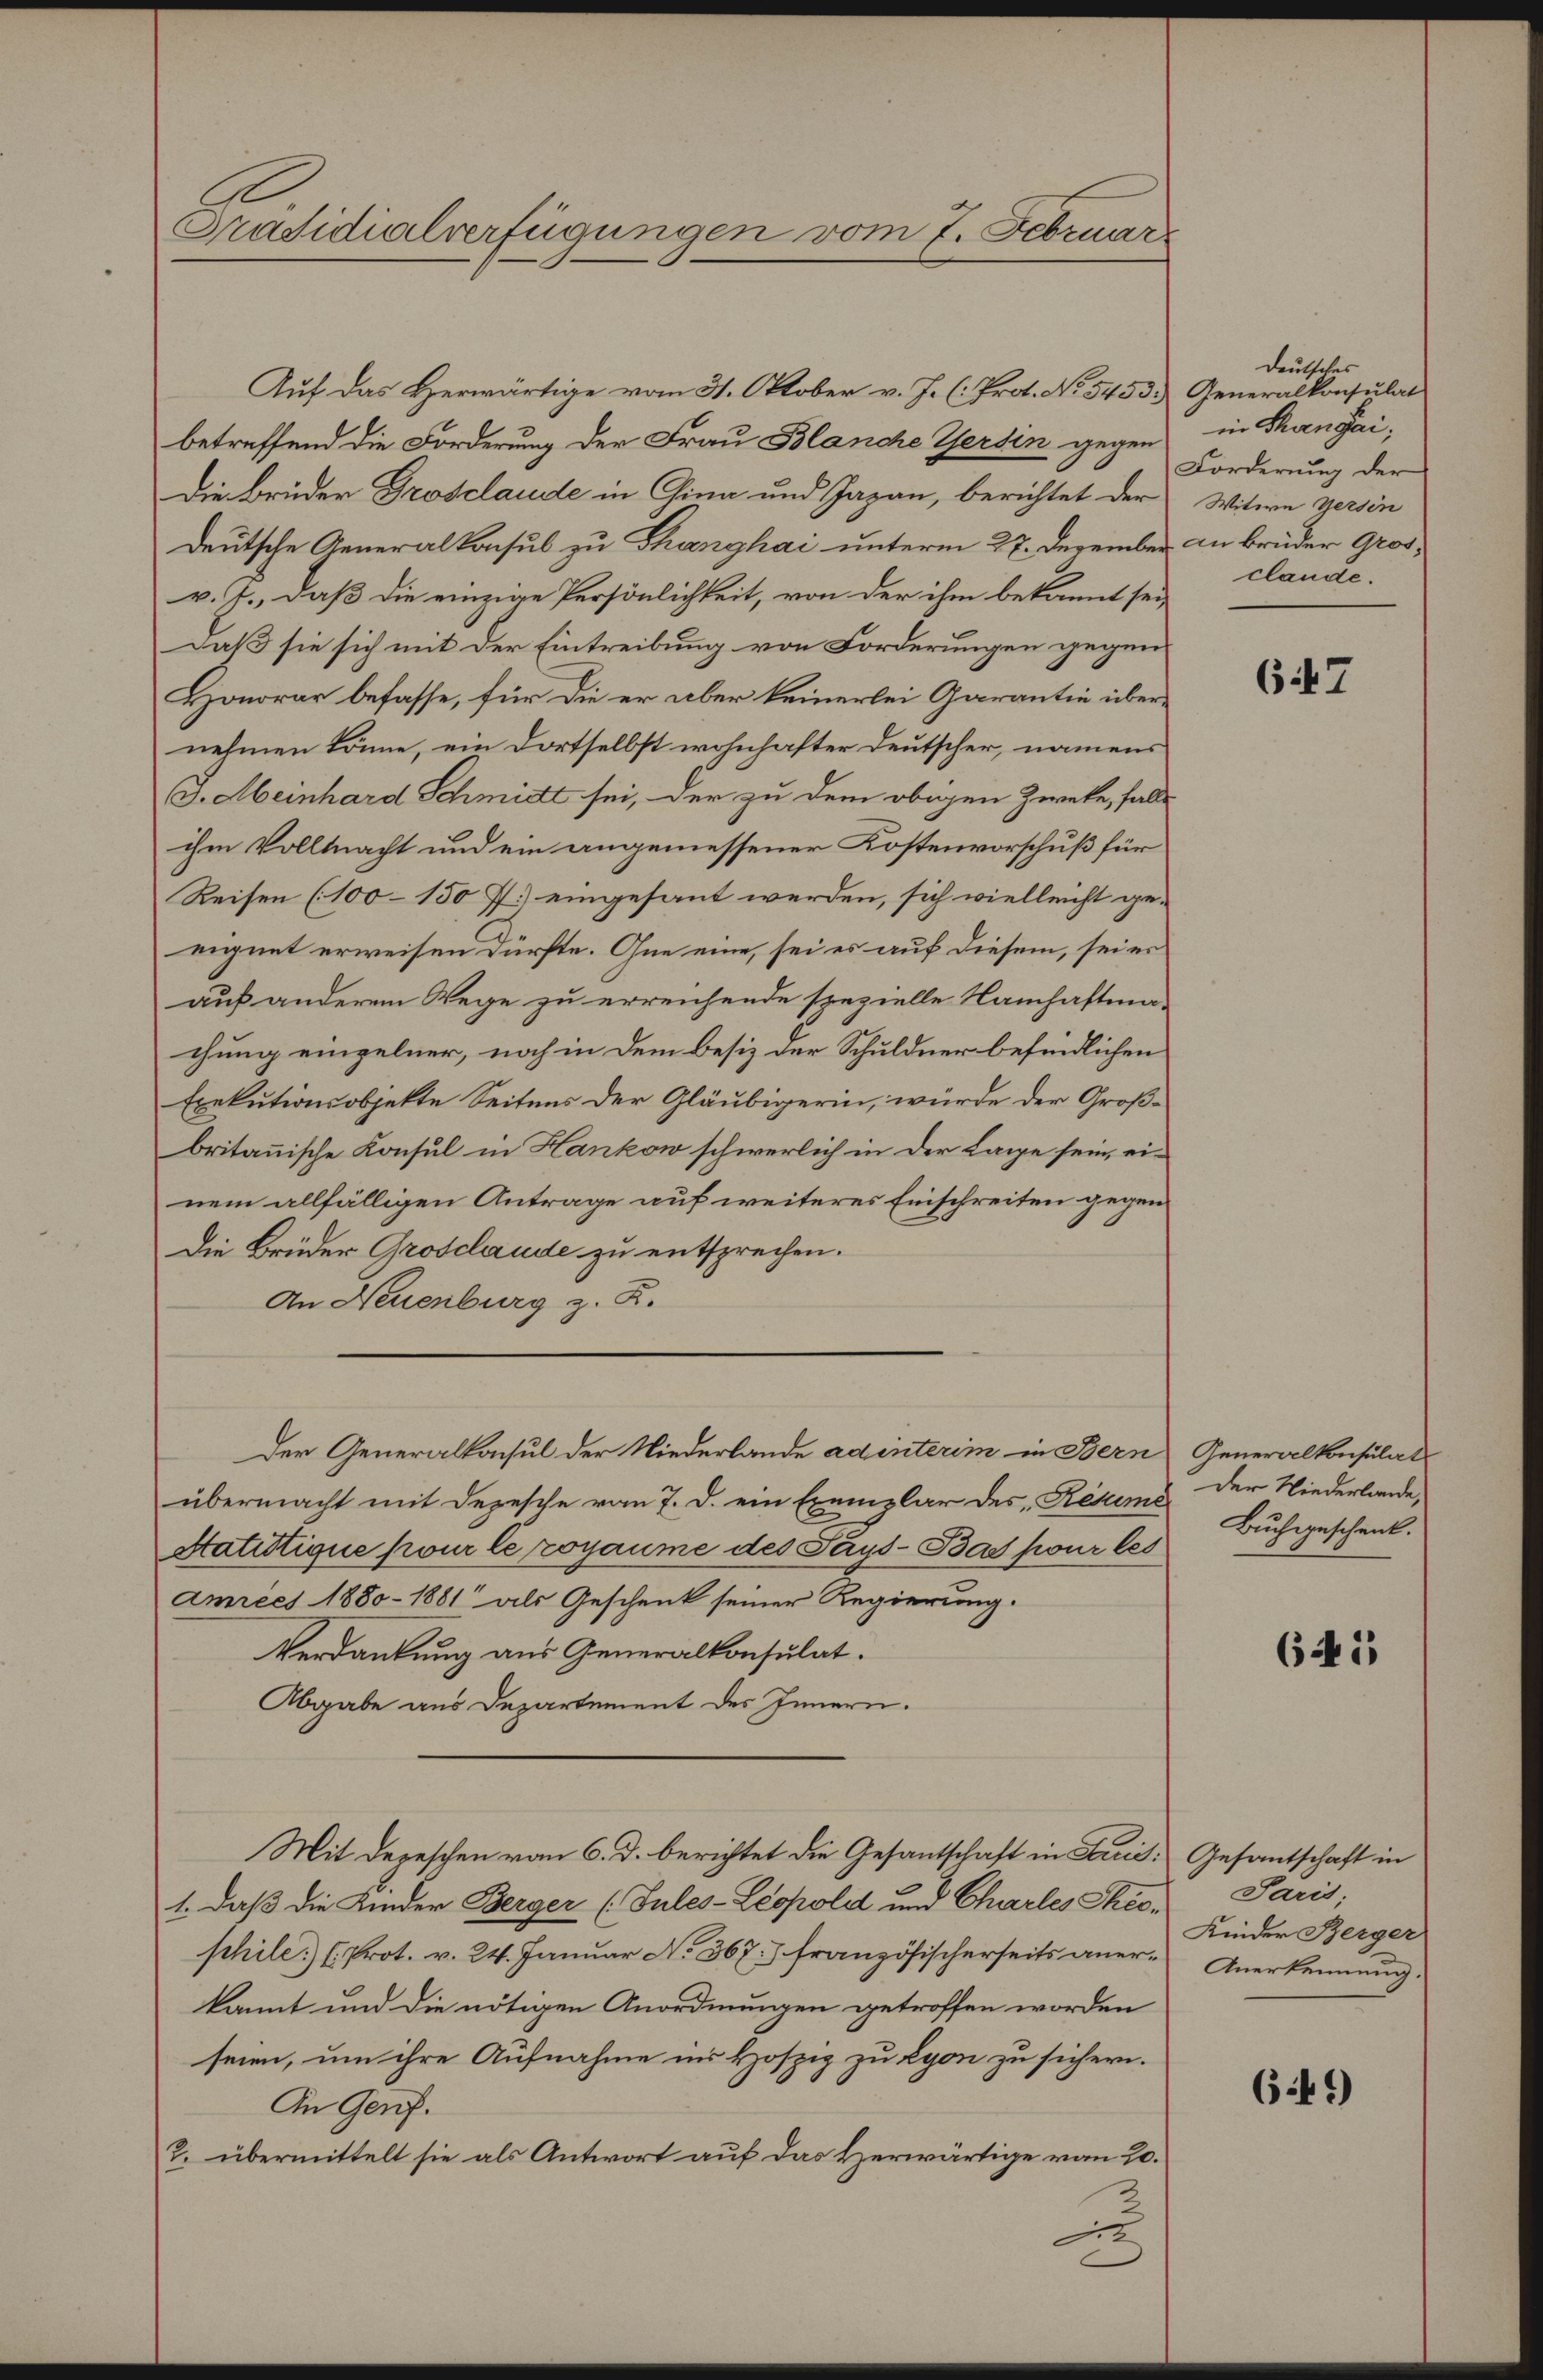
Präsidialverfügungen vom 7. Februar

Auf das Herwärtige vom 31. Oktober v. J. (: Prot. No. 5453.) Generalkonsulat
betreffend die Forderung der Frau Blanche Gersin gegen
Die Brüder Grosclaude in China und Japan, berichtet der
deutsche Generalkonsul zu Thanghai unterm 27. Dezember
v. J., daß die einzige Persönlichkeit, von der ihm bekannt sei
Daß sie sich mit der Eintreibung von Forderungen gegen
Honorar befasse, für die er aber keinerlei Garantie übernehmen könne, ein dortselbst wohnhafter Deutscher, namens
J. Meinhard Schmitt sei, der zu dem obigen Zweke, falls
ihm Vollmacht und ein angemessener Kostenvorschuß für
Reisen (100–150 f.) eingesant werden, sich vielleicht geeignet erweisen dürfte. Ohne eine, sei es auf diesem, sei er
auf anderem Wege zu erreichende spezielle Namhaftmachung einzelner, noch in dem Besiz der Schuldner befindlichen
Exekutionsobjekte Seitens der Gläubigerin, würde der Großbritannische Konsul in Hankow schwerlich in der Lage sein, einem allfälligen Antrage auf weiteres Einschreiten gegen
Die Brüder Grosclaude zu entsprechen.
An Neuenburg z. R.
Der Generalkonsul der Niederlande ad interim in Bern
übermacht mit Depesche vom 7. d. ein Exemplar des Restime
Statistique pour le royaume des Pays-Bas pour les
amnees 1880 - 1881 als Geschenk seiner Regierung.
Verdankung aus Generalkonsulat.
Abgabe aus Departement des Innern.
Mit Depeschen vom 6. d. berichtet die Gesantschaft in Paris, Gesantschaft in
1. daß die Kinder Berger (Sules-Leopold und Chartes Theoschile) (Prot. v. 24. Januar No. 367. französischerseits anere Anerkennung.
kannt und die nötigen Anordnungen getroffen worden
seien, um ihre Aufnahme ins Hofzig zu Lyon zu sichern.
An Genf.
2. übermittelt sie als Antwort auf das Herwärtige vom 20.
u

deutsches
in Changai,
Forderung der
Witwe Gersin
an brüder Gros
clande.

647

Generalkonsulat
Der Niederlande,
Buchgeschenk.

641

Paris;
Kinder Berger

641)